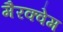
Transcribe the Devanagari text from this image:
मैरक्वेम